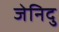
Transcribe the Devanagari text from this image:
जेनिदु